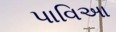
પાવિઆ